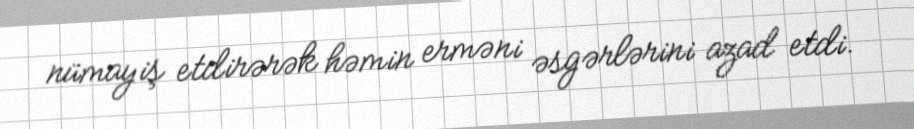
nümayiş etdirərək həmin erməni əsgərlərini azad etdi.